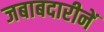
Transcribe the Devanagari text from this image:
जबाबदारीनें